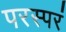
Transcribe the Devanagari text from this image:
परस्परं